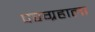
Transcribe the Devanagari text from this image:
परग्रहाला